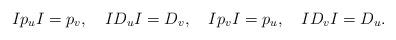
LaTeX: \begin{align*}Ip_uI = p_v,\quad ID_uI = D_v,\quad Ip_vI = p_u,\quad ID_vI = D_u.\end{align*}